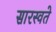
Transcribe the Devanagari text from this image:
सारस्वते